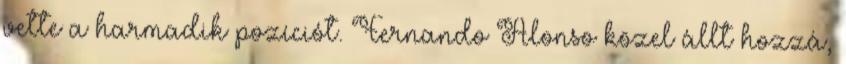
vette a harmadik pozíciót. Fernando Alonso közel állt hozzá,